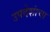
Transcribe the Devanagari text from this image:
उपदेशांचा